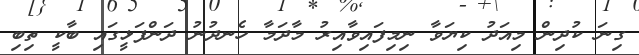
ގިނަ ކުދިން މިއަދު ކިޔަވާ ނިމިފައިވާއިރު މާދަމާ ހެނދުނު ދަންފަޅީގައި ބާކީ ތިބި